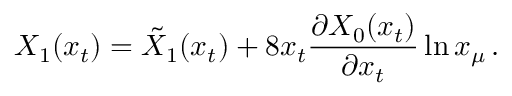
X _ { 1 } ( x _ { t } ) = \tilde { X } _ { 1 } ( x _ { t } ) + 8 x _ { t } { \frac { \partial X _ { 0 } ( x _ { t } ) } { \partial x _ { t } } } \ln x _ { \mu } \, .